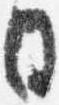
日